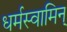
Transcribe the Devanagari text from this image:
धर्मस्वामिन्